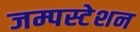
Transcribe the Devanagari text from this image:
जम्पस्टेशन